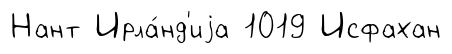
Нант Ирла́нд'иjа 1019 Исфахан